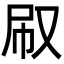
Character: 㕞